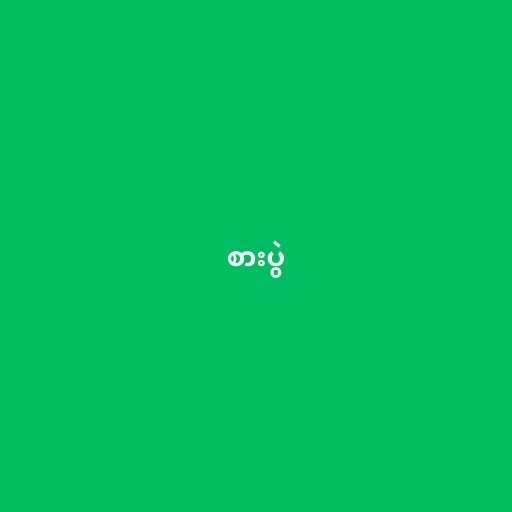
စားပွဲ